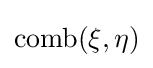
\operatorname {comb} (\xi ,\eta )